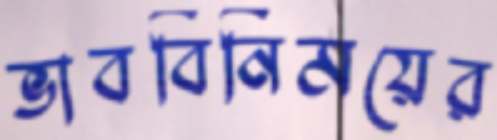
ভাববিনিময়ের